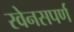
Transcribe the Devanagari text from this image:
रवेनसपर्ण